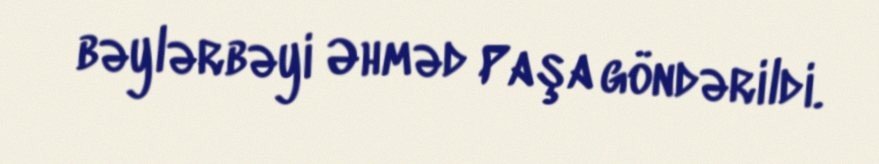
bəylərbəyi Əhməd Paşa göndərildi.